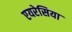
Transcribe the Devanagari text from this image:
एयरेसिया